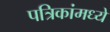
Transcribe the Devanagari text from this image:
पत्रिकांमध्ये